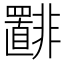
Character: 𫕾